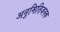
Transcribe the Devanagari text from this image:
अनुमितिजनक